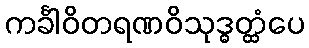
ကင်္ခါဝိတရဏဝိသုဒ္ဓတ္ထံပေ